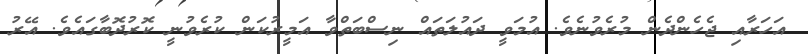
އަހަރާއި ޖެހެންދެން މުރެވުނެވެ. އުމަވީ ދައުލަތައް ނިސްބަތްވާ އަމީރުކަން ކުރެވުނީ ކޮރުދޮބާގައެވެ. އޭރު